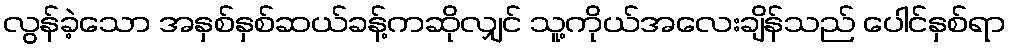
လွန်ခဲ့သော အနှစ်နှစ်ဆယ်ခန့်ကဆိုလျှင် သူ့ကိုယ်အလေးချိန်သည် ပေါင်နှစ်ရာ